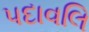
પદાવલિ